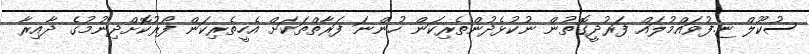
ސުކޫލް ޏ.ފުވައްމުލައް ފަރުދީގޮތުން ނުކުޅެދުންތެރިކަން ހުންނަ ފަރާތްތަކަށް އެހީތެރިކަން ފޯރުކޮށްދިނުމުގެ ދާއިރާ